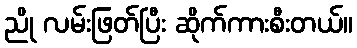
ညို လမ်းဖြတ်ပြီး ဆိုက်ကားစီးတယ်။